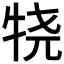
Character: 𰠴